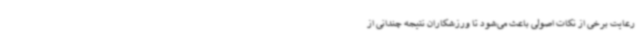
رعایت برخی از نکات اصولی باعث می‌شود تا ورزشکاران نتیجه چندانی از